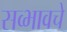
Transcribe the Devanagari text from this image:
सव्भावचे